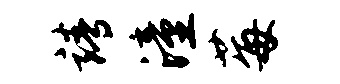
靖潼莓